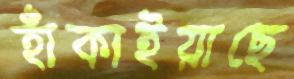
হাঁকাইয়াছে